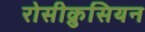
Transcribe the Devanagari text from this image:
रोसीक्रुसियन